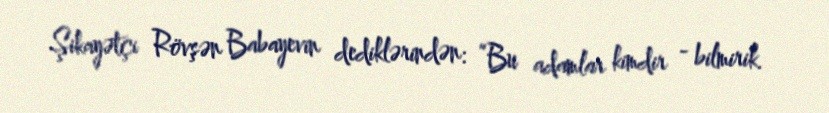
Şikayətçi Rövşən Babayevin dediklərindən: “Bu adamlar kimdir - bilmirik.